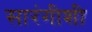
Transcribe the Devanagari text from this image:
सारंगीशी